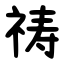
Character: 祷